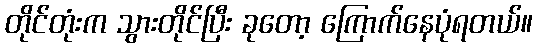
တိုင်တုံးက သွားတိုင်ပြီး ခုတော့ ကြောက်နေပုံရတယ်။